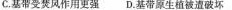
C.基带受焚风作用更强D.基带原生植被遭破坏